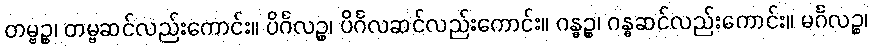
တမ္ဗဉ္စ၊ တမ္ဗဆင်လည်းကောင်း။ ပိင်္ဂလဉ္စ၊ ပိင်္ဂလဆင်လည်းကောင်း။ ဂန္ဓဉ္စ၊ ဂန္ဓဆင်လည်းကောင်း။ မင်္ဂလဉ္စ၊